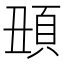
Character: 𩑧